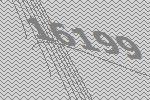
16199